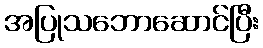
အပြုသဘောဆောင်ပြီး